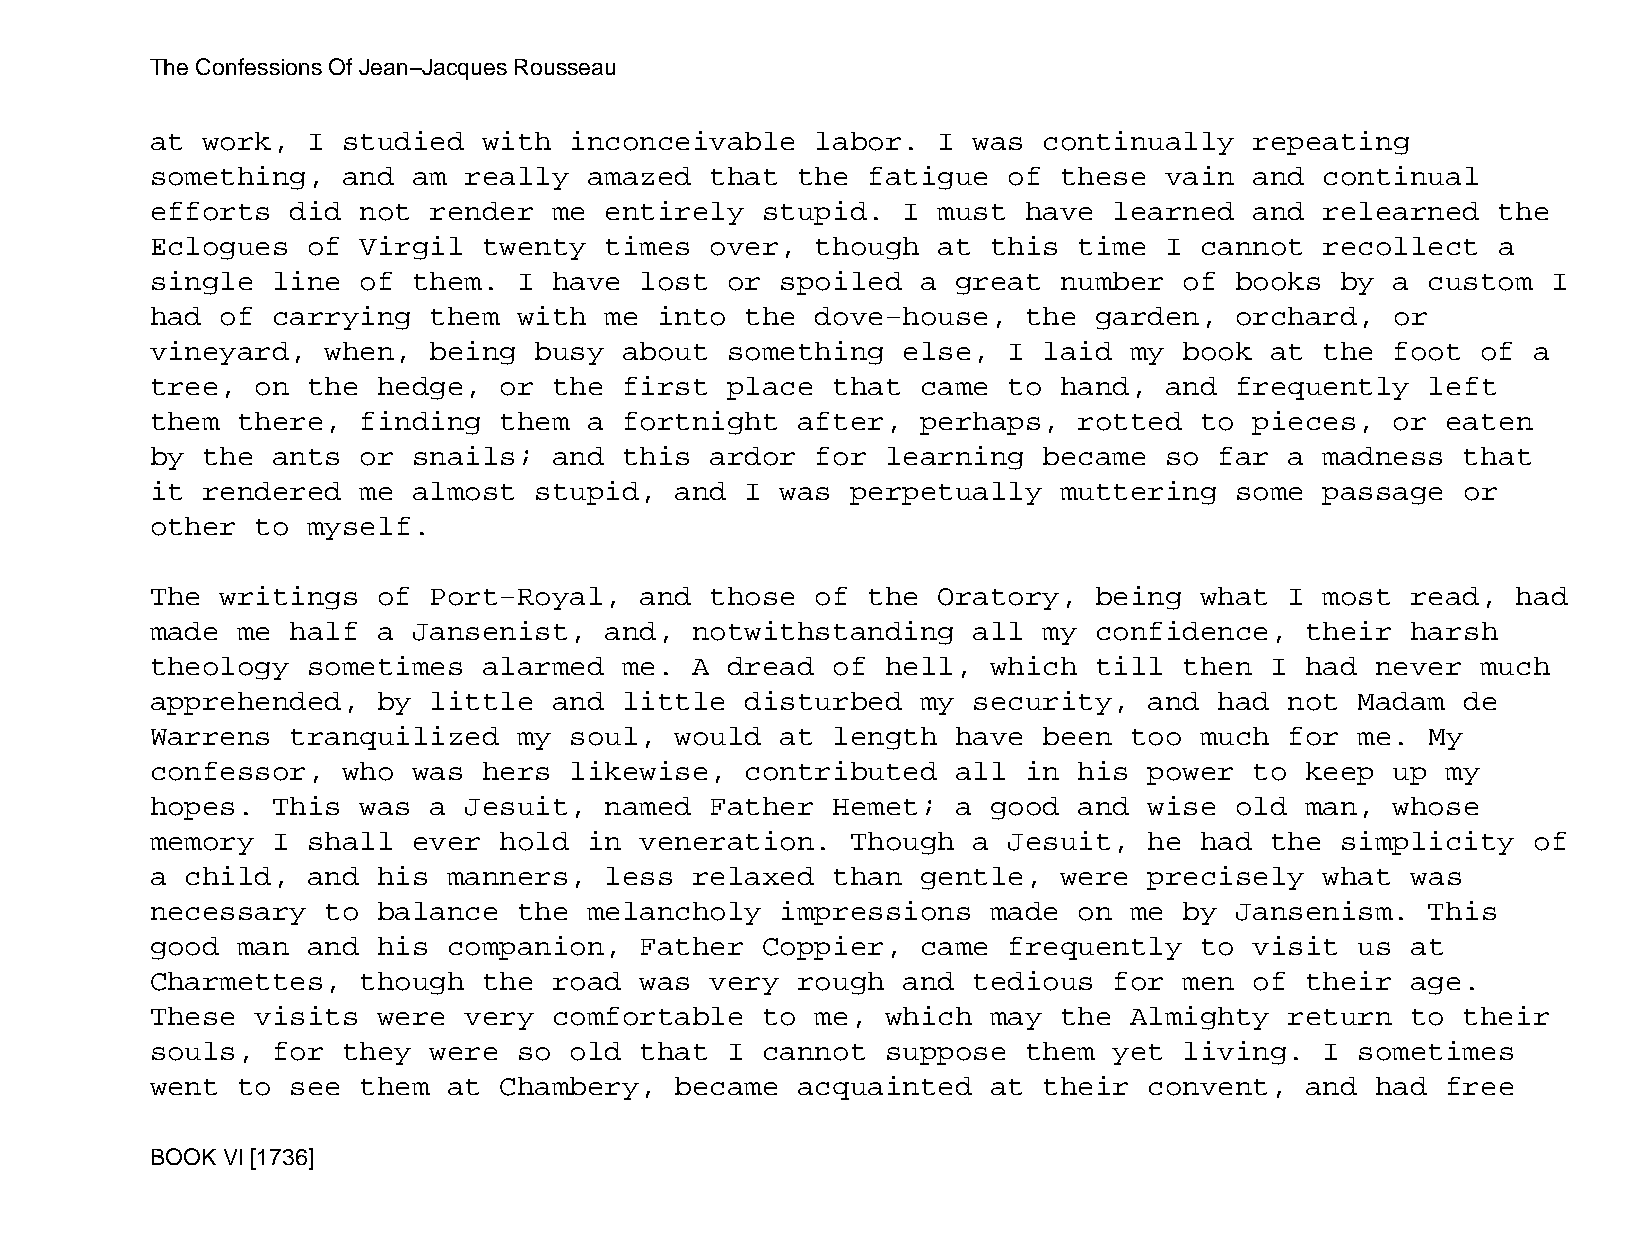
The Confessions Of Jean−Jacques Rousseau
 at work,  I  studied  with  inconceivable   labor.  I was  continually   repeating
 something,   and am  really  amazed  that  the fatigue   of these  vain  and  continual
 efforts  did  not render   me entirely  stupid.   I must  have  learned  and  relearned  the
 Eclogues  of  Virgil  twenty  times  over,  though  at  this time  I cannot   recollect  a
 single  line  of them.  I  have lost  or  spoiled  a great  number  of  books  by a  custom  I
 had  of carrying  them  with  me  into the  dove−house,   the garden,   orchard,  or
 vineyard,   when, being  busy  about  something   else,  I laid  my book  at  the foot  of a
 tree,  on the  hedge,  or  the first  place  that  came  to hand,  and  frequently   left
 them  there,  finding  them  a fortnight   after,  perhaps,  rotted  to  pieces,  or  eaten
 by the  ants  or snails;   and this  ardor  for  learning  became  so  far a  madness  that
 it rendered   me almost  stupid,   and I  was perpetually   muttering   some  passage  or
 other  to myself.
 The  writings  of Port−Royal,   and  those  of the  Oratory,  being  what  I  most read,  had
 made  me half  a Jansenist,   and,  notwithstanding   all  my confidence,   their  harsh
 theology  sometimes   alarmed  me.  A dread  of  hell,  which till  then  I had  never  much
 apprehended,   by little   and little  disturbed   my security,   and  had not  Madam  de
 Warrens  tranquilized   my  soul,  would  at length  have  been  too much  for  me.  My
 confessor,   who was  hers  likewise,  contributed   all  in his  power  to keep  up  my
 hopes.  This  was a  Jesuit,  named  Father  Hemet;  a  good and  wise  old man,  whose
 memory  I shall  ever  hold  in veneration.   Though  a  Jesuit,  he had  the  simplicity  of
 a child,  and  his  manners,  less  relaxed  than  gentle,  were  precisely   what was
 necessary   to balance  the  melancholy   impressions   made on  me by  Jansenism.   This
 good  man and  his  companion,  Father  Coppier,   came  frequently  to  visit  us at
 Charmettes,   though  the  road was  very  rough  and tedious   for men  of their  age.
 These  visits  were  very  comfortable  to  me,  which  may the  Almighty  return  to  their
 souls,  for  they were  so  old that  I cannot   suppose  them  yet living.   I sometimes
 went  to see  them  at Chambery,   became  acquainted   at their  convent,  and  had  free
 BOOK VI [1736]